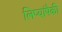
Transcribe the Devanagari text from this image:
लिप्यांपैकी